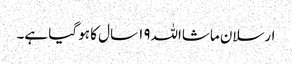
ارسلان ماشااللہ١٩ سال کا ہو گیا ہے۔